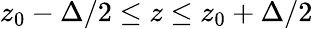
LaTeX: z_{0}-\Delta/2\leq z\leq z_{0}+\Delta/2